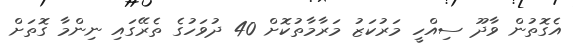
އެގޮތުން ވާދޫ ސިއްހީ މަރުކަޒު މަރާމާތުކޮށް 40 ދުވަހުގެ ތެރޭގައި ނިންމާ ގޮތަށް